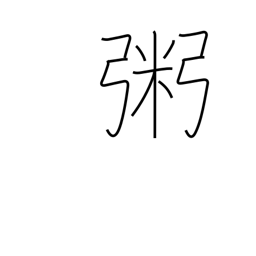
Meaning: rice gruel